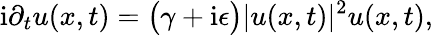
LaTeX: \mathrm{i}\partial_{t}u(x,t)=\big(\gamma+\mathrm{i}\epsilon\big)\lvert u(x,t)\rvert^{2}u(x,t),